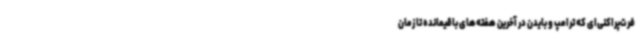
فرت‌پراکنی‌ای که ترامپ و بایدن در آخرین هفته‌های باقیمانده تا زمان